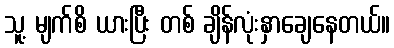
သူ့ မျက်စိ ယားပြီး တစ် ချိန်လုံးနှာချေနေတယ်။